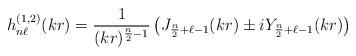
LaTeX: \begin{align*}h^{(1,2)}_{n\ell}(kr)=\frac{1}{(kr)^{\frac{n}{2}-1}} \left(J_{\frac{n}{2}+\ell-1}(kr) \pm i Y_{\frac{n}{2}+\ell-1}(kr)\right) \end{align*}